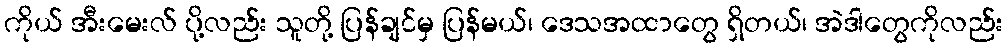
ကိုယ် အီးမေးလ် ပို့လည်း သူတို့ ပြန်ချင်မှ ပြန်မယ်၊ ဒေသအထာတွေ ရှိတယ်၊ အဲဒါတွေကိုလည်း